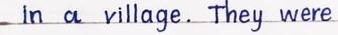
 in a village. They were